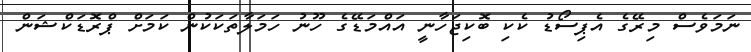
ނަމަވެސް މިރޭގެ އެޕިސޯޑު ކެކި ބޮކިޖަހާނީ އައްމަޑޭގެ ހޫނު ހަމަލާތަކަކުން ކަމަށް ޕްރޮޑަކްޝަން